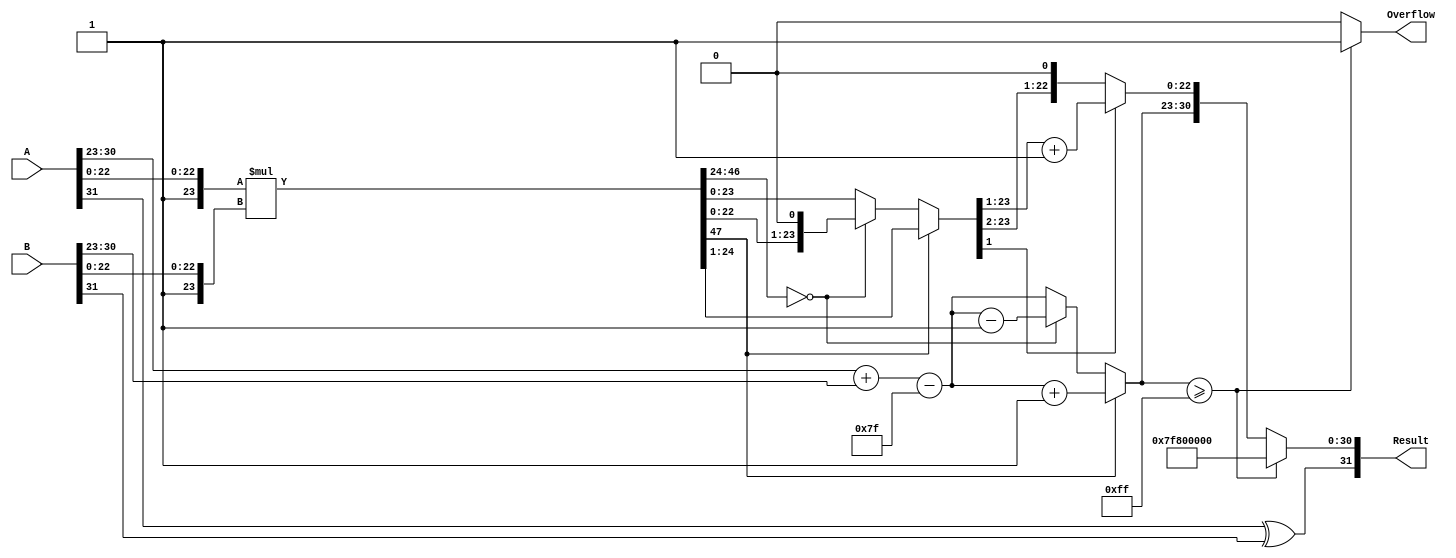
module floating_point_multiplier (
    input  wire [31:0] A,          // First floating-point number
    input  wire [31:0] B,          // Second floating-point number
    output reg  [31:0] Result,      // Result of multiplication
    output reg  Overflow            // Overflow flag
);

    // Constants
    localparam BIAS = 127;
    localparam EXPONENT_BITS = 8;
    localparam MANTISSA_BITS = 23;
    localparam TOTAL_BITS = 32;

    // Internal signals
    wire [7:0] expA, expB;          // Exponents
    wire [23:0] mantA, mantB;       // Mantissas with implicit leading 1
    wire [47:0] mantProduct;         // Product of mantissas
    reg [7:0] expResult;             // Result exponent
    reg [23:0] mantResult;           // Result mantissa
    reg [24:0] mantNormalized;       // Normalized mantissa
    reg [7:0] expAdjusted;           // Adjusted exponent after normalization

    // Extract sign, exponent, and mantissa
    wire signA = A[31];
    wire signB = B[31];
    assign expA = A[30:23];
    assign expB = B[30:23];
    assign mantA = {1'b1, A[22:0]};  // Add implicit leading 1
    assign mantB = {1'b1, B[22:0]};  // Add implicit leading 1

    // Multiply mantissas
    assign mantProduct = mantA * mantB;

    // Calculate the resulting exponent
    always @(*) begin
        expResult = expA + expB - BIAS; // Add exponents and subtract bias
        mantNormalized = mantProduct;    // Start with the raw product

        // Normalize the mantissa
        if (mantProduct[47]) begin
            // If the product is in the 25th bit, shift right
            mantNormalized = mantProduct >> 1;
            expAdjusted = expResult + 1;
        end else begin
            // If the product is less than expected, shift left
            mantNormalized = mantProduct;
            expAdjusted = expResult;
            if (mantProduct[46:24] == 0) begin
                mantNormalized = mantNormalized << 1;
                expAdjusted = expAdjusted - 1;
            end
        end

        // Rounding (round to nearest even)
        if (mantNormalized[1]) begin
            mantResult = mantNormalized[23:1] + 1; // Round up
        end else begin
            mantResult = mantNormalized[23:1]; // Round down
        end

        // Check for overflow
        if (expAdjusted >= 255) begin
            Overflow = 1'b1; // Set overflow flag
            Result = {signA ^ signB, 8'hFF, 23'b0}; // Set result to infinity
        end else begin
            Overflow = 1'b0; // Clear overflow flag
            Result = {signA ^ signB, expAdjusted[7:0], mantResult[22:0]}; // Construct result
        end
    end

endmodule